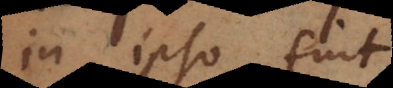
in ipso fuit.